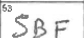
Transcription: SBF